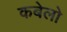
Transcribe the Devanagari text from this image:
कबेलो